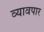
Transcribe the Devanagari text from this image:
व्यावपार